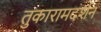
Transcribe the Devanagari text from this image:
तुकारामदर्शन